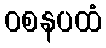
ဝစနပထံ